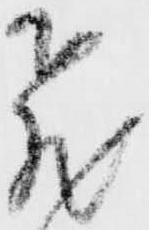
飛